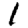
Digit: 1